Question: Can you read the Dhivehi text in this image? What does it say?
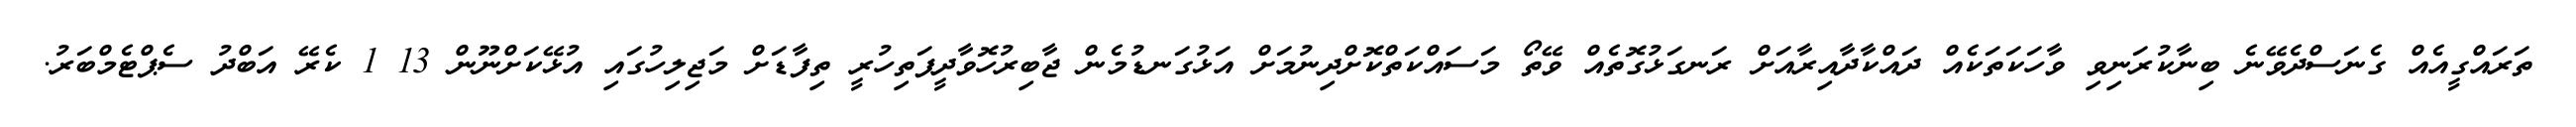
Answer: ތަރައްގީއެއް ގެނަސްދެވޭނެ ބިނާކުރަނިވި ވާހަކަތަކެއް ދައްކާދާއިރާއަށް ރަނގަޅުގޮތެއް ވޭތޯ މަސައްކަތްކޮށްދިނުމަށް އަޅުގަނޑުމެން ޖާބިރުހޮވާދީފަތިހުރީ ތިފާޑަށް މަޖިލިހުގައި އުޅޭކަށްނޫން 13 1 ކެރޭ އަބްދު ސެޕްޓެމްބަރު.